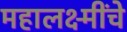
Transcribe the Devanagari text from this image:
महालक्ष्मींचे